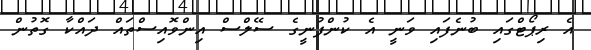
އެ ރިޕޯޓްގައި ބުނެފައި ވަނީ އެ ކުންފުނީގެ ސޭލްސް އިންވޮއިސްތައް ދައްކާ ގޮތުން